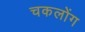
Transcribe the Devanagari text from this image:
चकलोंग